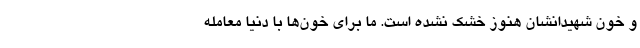
و خون شهیدانشان هنوز خشک نشده است. ما برای خون‌ها با دنیا معامله